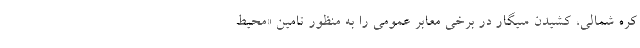
کره شمالی، کشیدن سیگار در برخی معابر عمومی را به منظور تامین «محیط